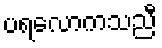
ပရလောကသညီ